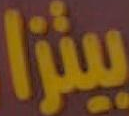
بيتزا